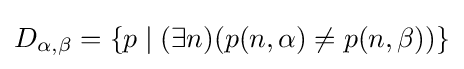
D_{\alpha ,\beta }=\{p\mid (\exists n)(p(n,\alpha )\neq p(n,\beta ))\}